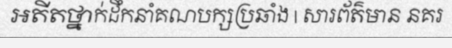
អតីតថ្នាក់ដឹកនាំគណបក្សប្រឆាំង | សារព័ត៌មាន នគរ